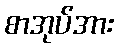
စာအုပ်အား